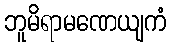
ဘူမိရာမဏေယျကံ